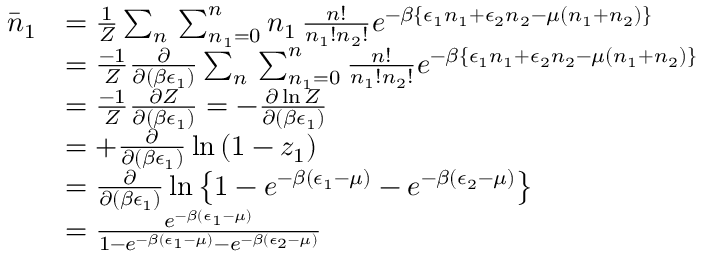
\begin{array} { r l } { \bar { n } _ { 1 } } & { = \frac { 1 } { Z } \sum _ { n } \, \sum _ { n _ { 1 } = 0 } ^ { n } n _ { 1 } \, \frac { n ! } { n _ { 1 } ! n _ { 2 } ! } e ^ { - \beta \left\{ \epsilon _ { 1 } n _ { 1 } + \epsilon _ { 2 } n _ { 2 } - \mu ( n _ { 1 } + n _ { 2 } ) \right\} } } \\ & { = \frac { - 1 } { Z } \frac { \partial } { \partial ( \beta \epsilon _ { 1 } ) } \sum _ { n } \, \sum _ { n _ { 1 } = 0 } ^ { n } \frac { n ! } { n _ { 1 } ! n _ { 2 } ! } e ^ { - \beta \left\{ \epsilon _ { 1 } n _ { 1 } + \epsilon _ { 2 } n _ { 2 } - \mu ( n _ { 1 } + n _ { 2 } ) \right\} } } \\ & { = \frac { - 1 } { Z } \frac { \partial Z } { \partial ( \beta \epsilon _ { 1 } ) } = - \frac { \partial \ln Z } { \partial ( \beta \epsilon _ { 1 } ) } } \\ & { = + \frac { \partial } { \partial ( \beta \epsilon _ { 1 } ) } \ln \left( 1 - z _ { 1 } \right) } \\ & { = \frac { \partial } { \partial ( \beta \epsilon _ { 1 } ) } \ln \left\{ 1 - e ^ { - \beta ( \epsilon _ { 1 } - \mu ) } - e ^ { - \beta ( \epsilon _ { 2 } - \mu ) } \right\} } \\ & { = \frac { e ^ { - \beta ( \epsilon _ { 1 } - \mu ) } } { 1 - e ^ { - \beta ( \epsilon _ { 1 } - \mu ) } - e ^ { - \beta ( \epsilon _ { 2 } - \mu ) } } } \end{array}